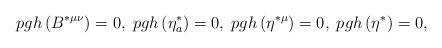
LaTeX: \begin{align*}pgh\left( B^{*\mu \nu }\right) =0,\;pgh\left( \eta _a^{*}\right)=0,\;pgh\left( \eta ^{*\mu }\right) =0,\;pgh\left( \eta ^{*}\right) =0,\end{align*}